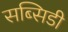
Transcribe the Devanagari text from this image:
सब्‍सिडी